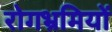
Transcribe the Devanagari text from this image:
रोगभ्रमियों